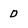
Character: 0